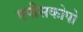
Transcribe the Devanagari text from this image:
एपीसकोपो